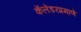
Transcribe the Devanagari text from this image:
कॅलेंडरप्रमाणे